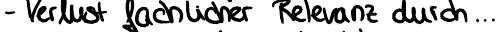
- Verlust fachlicher Relevanz durch ...